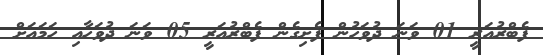
ފެބްރުއަރީ 01 ވަނަ ދުވަހުން ފެށިގެން ފެބްރުއަރީ 05 ވަނަ ދުވަހާއި ހަމައަށް